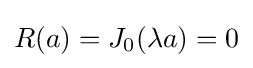
R(a)=J_{0}(\lambda a)=0